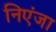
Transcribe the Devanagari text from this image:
निएंजा